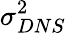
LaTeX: \sigma_{DNS}^{2}